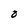
Character: o